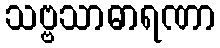
သဗ္ဗသာဓာရဏာ